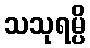
သသုရမ္ပိ